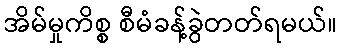
အိမ်မှုကိစ္စ စီမံခန့်ခွဲတတ်ရမယ်။